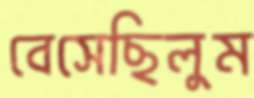
বেসেছিলুম